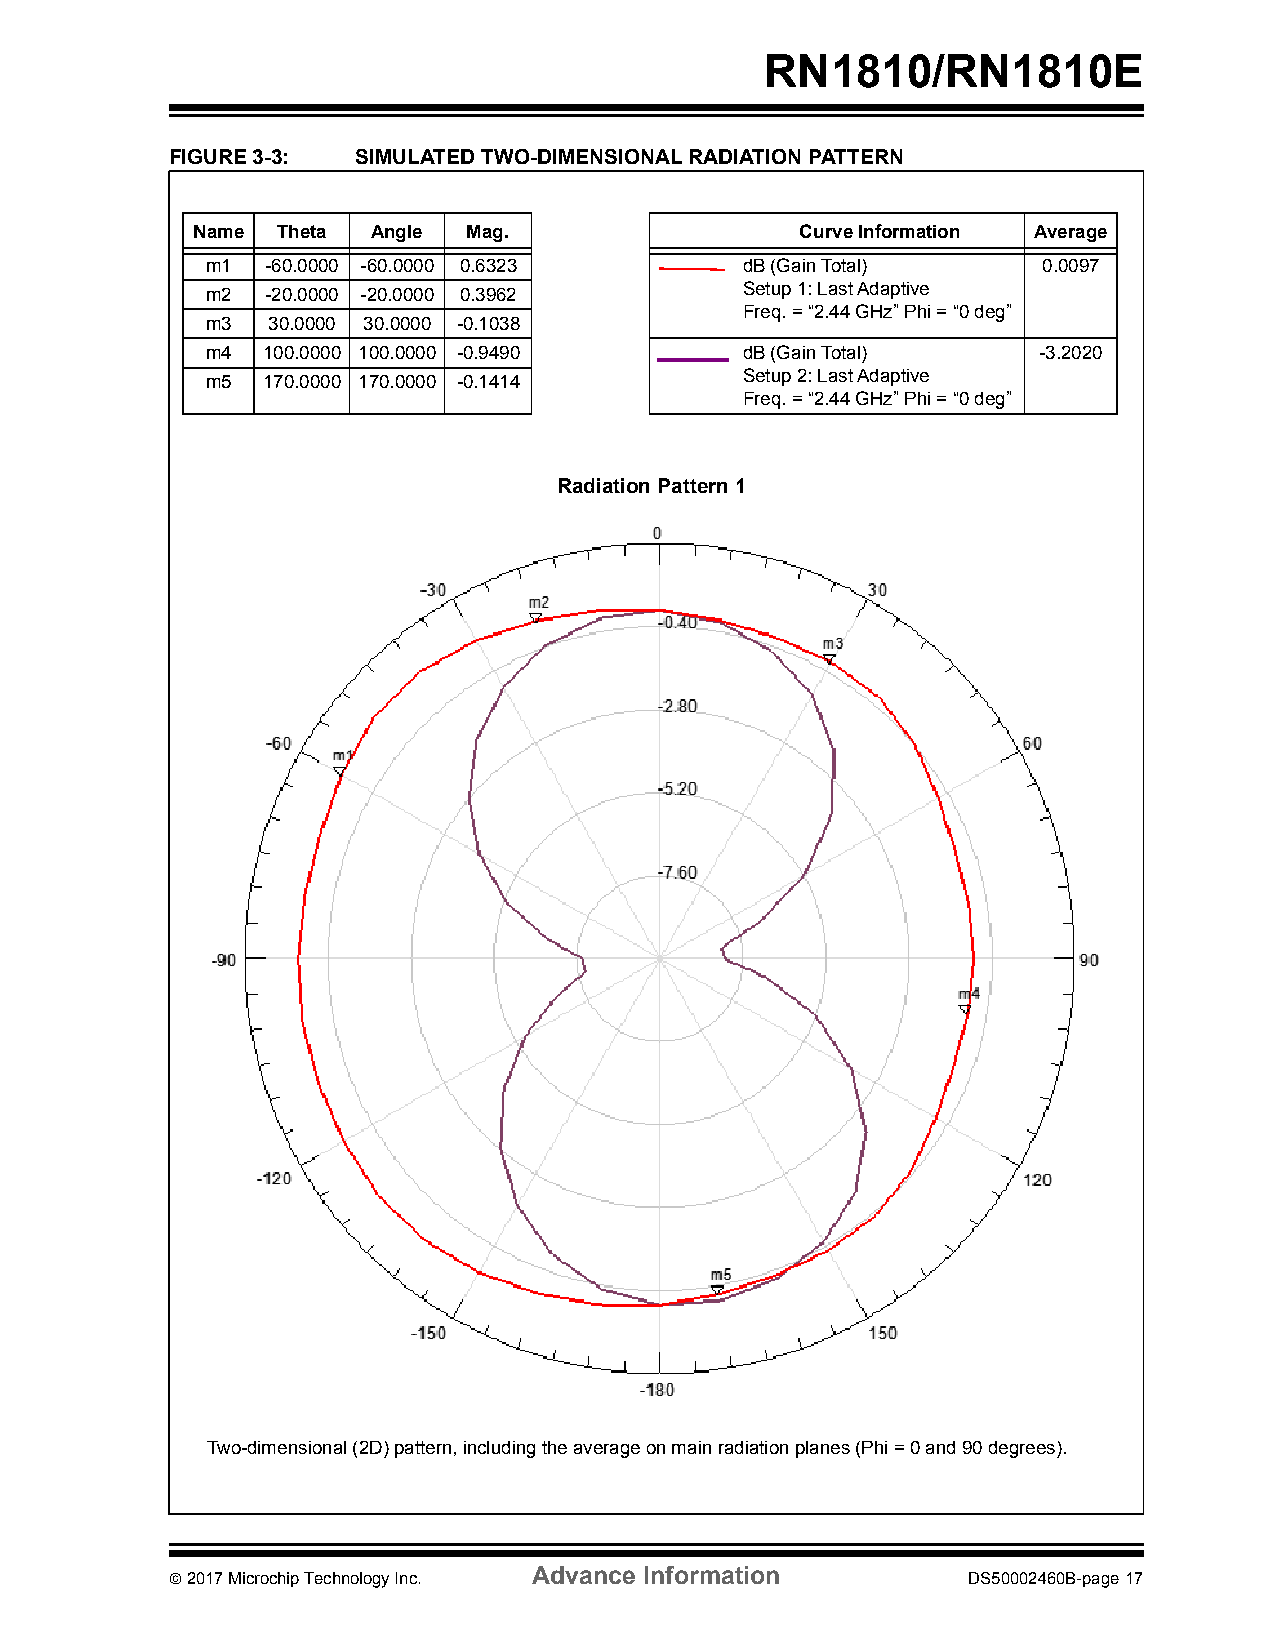
RN1810/RN1810E
 FIGURE 3-3:  SIMULATED TWO-DIMENSIONAL RADIATION PATTERN
 Name Theta  Angle Mag.                  Curve Information Average
 m1  -60.0000 -60.0000 0.6323       dB (Gain Total)     0.0097
 m2  -20.0000 -20.0000 0.3962       Setup 1: Last Adaptive
 Freq. = “2.44 GHz” Phi = “0 deg”
 m3  30.0000 30.0000 -0.1038
 m4 100.0000 100.0000 -0.9490       dB (Gain Total)     -3.2020
 m5 170.0000 170.0000 -0.1414       Setup 2: Last Adaptive
 Freq. = “2.44 GHz” Phi = “0 deg”
 Radiation Pattern 1
 Two-dimensional (2D) pattern, including the average on main radiation planes (Phi = 0 and 90 degrees).
 Advance Information
  2017 Microchip Technology Inc.                     DS50002460B-page 17